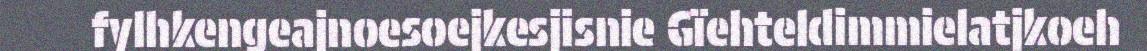
fylhkengeajnoesoejkesjisnie Gïehteldimmielatjkoeh